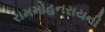
રામમોહનરાયની